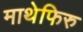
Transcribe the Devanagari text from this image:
माथेफिरु